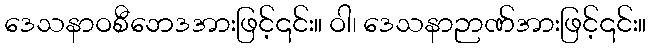
ဒေသနာဝစီဘေဒအားဖြင့်၎င်း။ ဝါ၊ ဒေသနာဉာဏ်အားဖြင့်၎င်း။